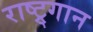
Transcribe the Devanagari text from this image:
राष्ट्र्गान